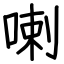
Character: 喇